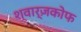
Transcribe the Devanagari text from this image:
श्वार्ज़कोफ